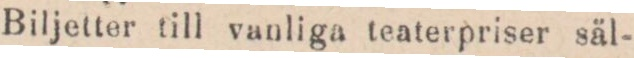
Biljetter till vanliga teaterpriser säl=